Lunatic asylums United Provinces 1909-1921 - 1909-1921
Year: 1909
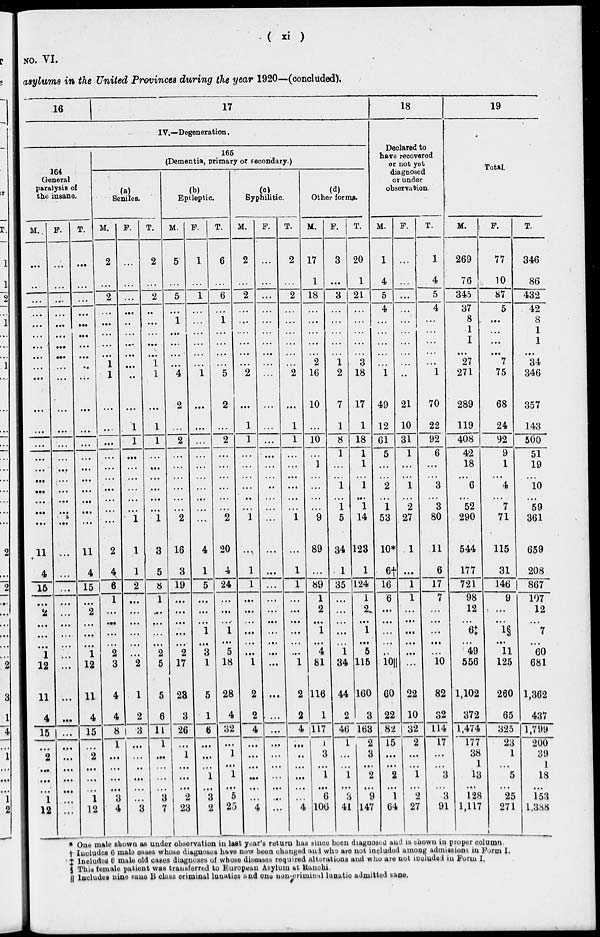
( xi )
NO. VI.
asylums in the United Provinces during the year 1920—(concluded).
16
17
IV.—Degeneration.
164
General
paralysis of
the insane.
M.
...
...
...
...
...
...
...
...
...
...
...
...
...
...
...
...
...
...
...
...
11
4
15
...
2
...
...
...
1
12
11
4
15
...
2
...
...
...
1
12
F.
...
...
...
...
...
...
.....
...
...
...
...
...
...
...
...
...
...
...
...
...
...
...
...
...
...
...
...
...
...
...
...
...
...
...
...
...
...
...
...
...
T.
...
...
...
...
...
...
...
...
...
...
...
...
...
...
...
...
...
...
...
. ...
11
4
15
...
2
...
...
...
1
12
11
4
15
...
2
...
...
...
1
12
165
(Dementia, primary or secondary.)
(a)
Seniles.
M.
2
...
2
...
...
...
...
...
1
1
...
...
...
...
...
...
...
...
...
...
2
4
6
1
...
...
...
...
2
3
4
4
8
1
...
...
...
...
3
4
F.
...
...
...
...
...
...
...
...
...
...
...
1
1
...
...
...
...
...
...
1
1
1
2
...
...
...
...
...
...
2
1
2
3
...
...
...
...
...
...
3
T.
2
...
2
...
...
...
...
...
1
1
...
1
1
...
...
...
...
...
...
1
3
5
8
1
...
...
...
...
2
5
5
6
11
1
...
...
...
...
3
7
(b)
Epileptic.
M.
5
...
5
...
1
...
...
...
...
4
2
...
2
...
...
...
...
...
...
2
16
3
19
...
...
...
...
...
2
17
23
3
26
...
1
...
...
...
2
23
F.
1
...
1
...
...
...
...
...
...
1
...
...
...
...
...
...
...
...
...
...
4
1
5
...
...
...
1
...
3
1
5
1
6
...
...
...
1
...
3
2
T.
6
...
6
...
1
...
...
...
...
5
2
...
2
...
...
...
...
...
...
2
20
4
24
...
...
...
1
...
5
18
28
4
32
...
1
...
1
...
5
25
(c)
Syphilitic.
M.
2
...
2
...
...
...
...
...
...
2
...
1
1
...
...
...
...
...
...
1
...
1
1
...
...
...
...
...
...
1
2
2
4
...
...
...
...
...
...
4
F.
...
...
...
...
...
...
...
...
...
...
...
...
...
...
...
...
...
...
...
...
...
...
...
...
...
...
...
...
...
...
...
...
...
...
...
...
...
...
...
...
T.
2
...
2
...
...
...
...
...
...
2
...
1
1
...
...
...
...
...
...
1
...
1
1
...
...
...
...
...
...
1
2
2
4
...
...
...
...
...
...
4
(d)
Other forms.
M.
17
1
18
...
...
...
...
...
2
16
10
...
10
...
1
...
...
...
...
9
89
...
89
1
2
...
1
...
4
81
116
1
|117
1
3
...
1
...
6
106
F.
3
...
3
...
...
...
...
...
1
2
7
1
8
1
...
...
1
...
1
5
34
1
35
...
...
...
...
...
1
34
44
2
46
1
...
...
1
...
3
41
T.
20
1
21
...
...
...
...
...
3
18
17
1
18
1
1
...
1
...
1
14
123
1
124
1
2
...
1
...
5
115
160
3
163
2 3
...
2
...
9
147
18
Declared to
have recovered
or not yet
diagnosed
or under
observation.
M.
1
4
5
4
...
...
...
...
...
1
49
12
61
5
...
...
2
...
1
53
10*
6†
16
6
...
...
...
...
...
10||
60
22
82
15
...
...
2
...
1
64
F.
...
...
...
...
...
...
...
...
...
...
21
10
31
1
...
...
1
...
2
27
1
...
1
1
...
...
...
...
...
...
22
10
32
2
...
...
1
...
2
27
T.
1
4
5
4
...
...
...
...
...
1
70
22
92
6
...
...
3
...
3
80
11
6
17
7
...
...
...
...
...
10
82
32
114
17
...
...
3
...
3
91
19
Total.
M.
269
76
345
37
8
1
1
...
27
271
289
119
408
42
18
...
6
...
52
290
544
177
721
98
12
...
6‡
...
49
556
1,102
372
1,474
177
38
1
13
...
128
1,117
F.
77
10
87
5
...
...
...
...
7
75
68
24
92
9
1
...
4
...
7
71
115
31
146
9
...
...
1§
...
11
125
260
65
325
23
1
...
5
...
25
271
T.
346
86
432
42
8
1
1
...
34
346
357
143
500
51
19
...
10
...
59
361
659
208
867
107
12
...
7
...
60
681
1,362
437
1,799
200
39
1
18
...
153
1,388
* One male shown as under observation in last year's return has since been diagnosed and is shown in proper column.
† Includes 6 male cases whose diagnoses have now been changed and who are not included among admissions in Form I.
‡ Includes 6 male old cases diagnoses of whose diseases required alterations and who are not included in Form I.
§ This female patient was transferred to European Asylum at Ranchi.
|| Includes nine sane B class criminal lunatics and one non-criminal lunatic admitted sane.